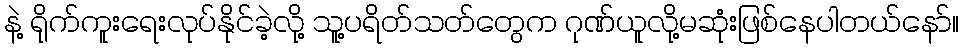
နဲ့ ရိုက်ကူးရေးလုပ်နိုင်ခဲ့လို့ သူ့ပရိတ်သတ်တွေက ဂုဏ်ယူလို့မဆုံးဖြစ်နေပါတယ်နော်။